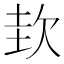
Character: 㰪